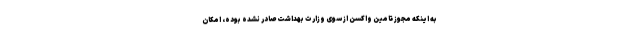
به اینکه مجوز تامین واکسن از سوی وزارت بهداشت صادر نشده بوده، امکان